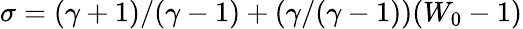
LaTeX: \sigma=(\gamma+1)/(\gamma-1)+(\gamma/(\gamma-1))(W_{0}-1)